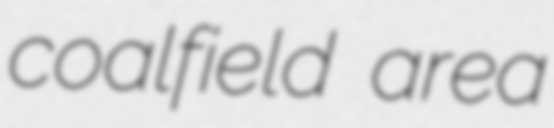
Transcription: coalfield area